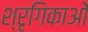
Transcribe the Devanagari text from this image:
श्रृगिकाओं